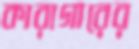
কারাগারের